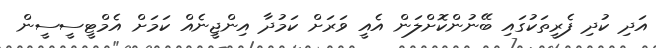
އަދި ކުދި ފެރީތަކުގައި ބޭނުންކޮށްލަން އެއީ ވަރަށް ކަމުދާ އިންޖީނެއް ކަމަށް އެމްޓީސީސީން